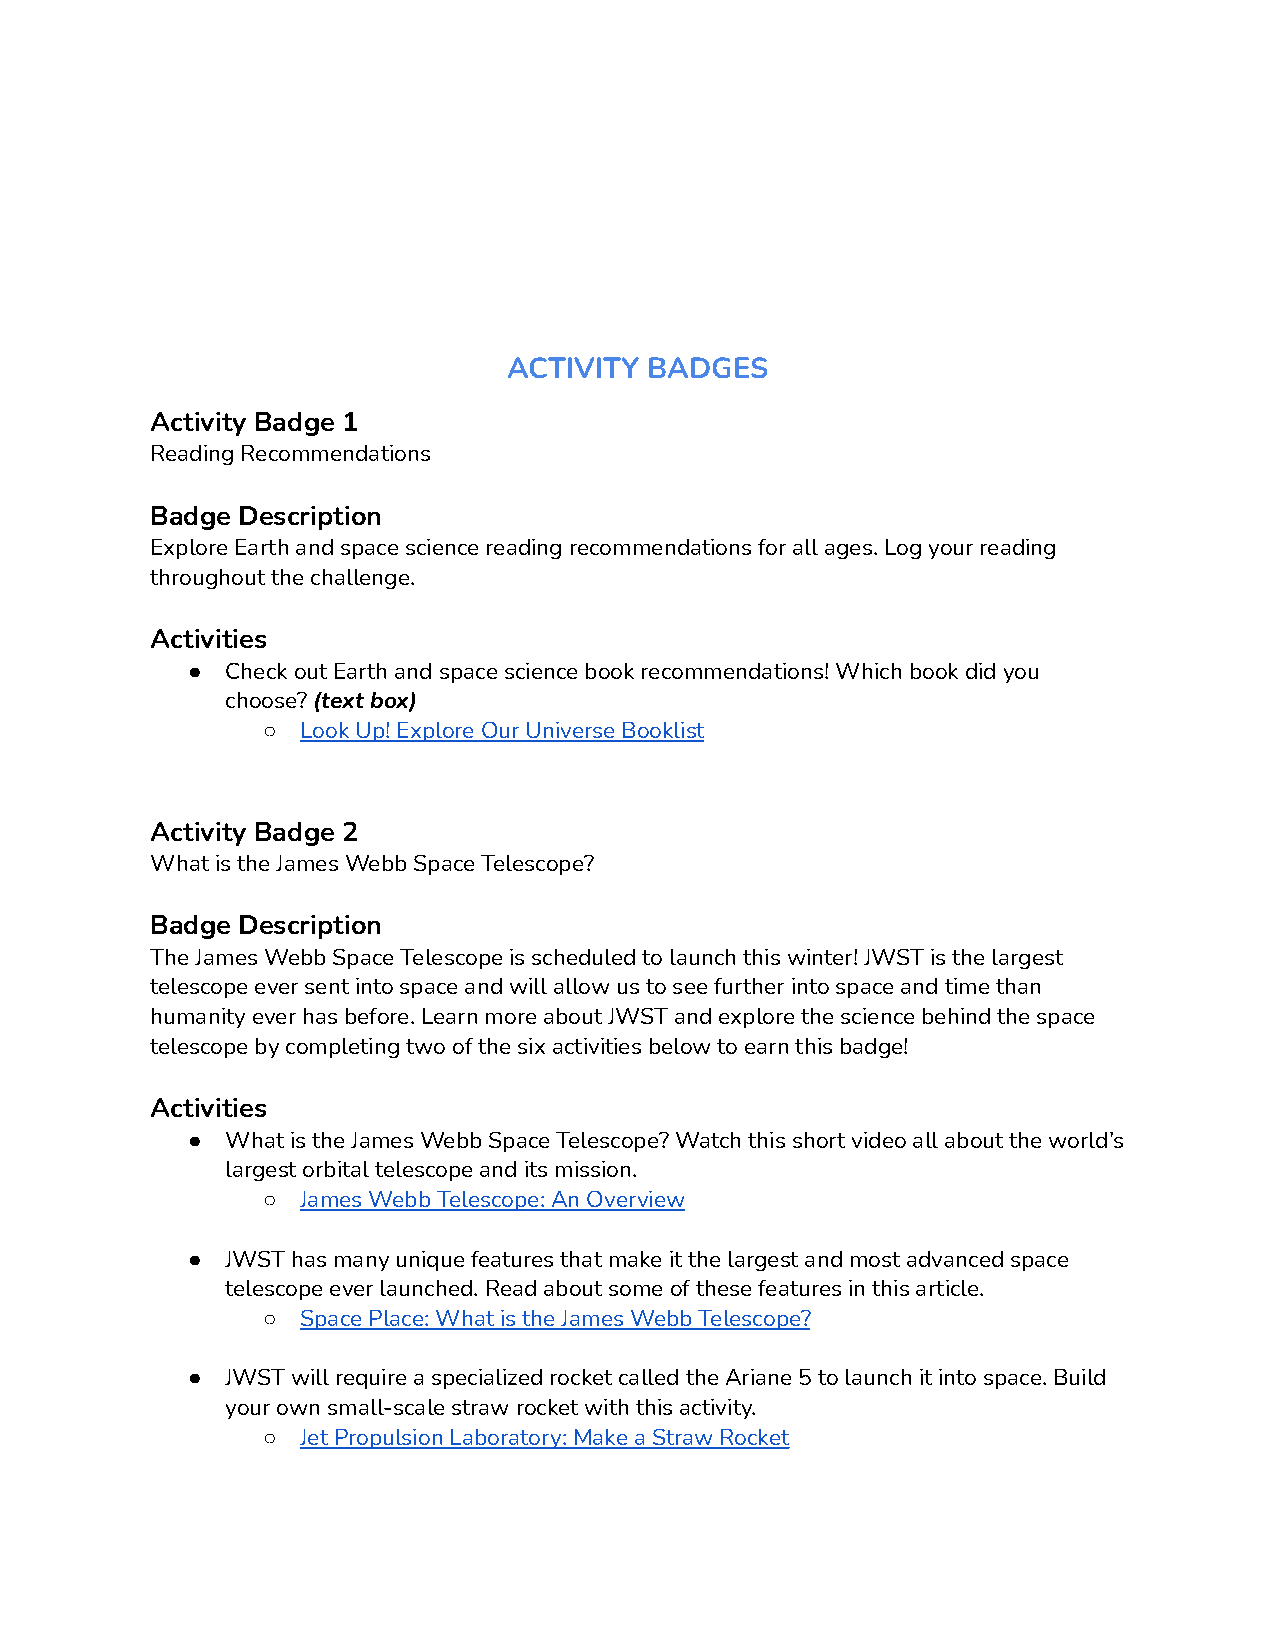
ACTIVITY BADGES
 Activity Badge 1
 Reading Recommendations
 Badge Description
 Explore Earth and space science reading recommendations for all ages. Log your reading
 throughout the challenge.
 Activities
 ●  Check out Earth and space science book recommendations! Which book did you
 choose?(text box)
 ○  Look Up! Explore Our Universe Booklist
 Activity Badge 2
 What is the James Webb Space Telescope?
 Badge Description
 The James Webb Space Telescope is scheduled to launch this winter! JWST is the largest
 telescope ever sent into space and will allow us to see further into space and time than
 humanity ever has before. Learn more about JWST and explore the science behind the space
 telescope by completing two of the six activities below to earn this badge!
 Activities
 ●  What is the James Webb Space Telescope? Watch this short video all about the world’s
 largest orbital telescope and its mission.
 ○  James Webb Telescope: An Overview
 ●  JWST has many unique features that make it the largest and most advanced space
 telescope ever launched. Read about some of these features in this article.
 ○  Space Place: What is the James Webb Telescope?
 ●  JWST will require a specialized rocket called the Ariane 5 to launch it into space. Build
 your own small-scale straw rocket with this activity.
 ○  Jet Propulsion Laboratory: Make a Straw Rocket